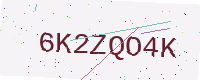
Text: 6K2ZQO4K